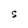
Character: S